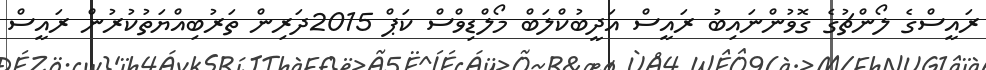
ރައީސްގެ ލޯންޗުގެ ގޮވުންނައިބު ރައީސް އަދީބުކްލަބް މޯލްޑިވްސް ކަޕް 2015ދަރިން ތަރުބިއްޔަތުކުރުން ރައީސް